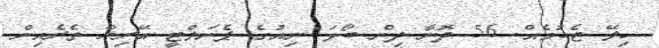
ހިލޭ ޖެހުމެއް. 56 ދޮނާ ދިން ބޯޅަ ނިއުގެ ޕެނަލްޓީ އޭރިޔާ ތެރެއިން